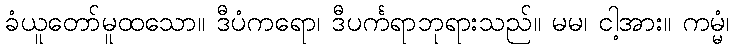
ခံယူတော်မူထသော။ ဒီပံကရော၊ ဒီပင်္ကရာဘုရားသည်။ မမ၊ ငါ့အား။ ကမ္မံ၊